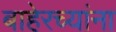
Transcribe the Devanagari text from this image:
बाहेरच्यांना